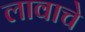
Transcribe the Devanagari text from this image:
लावाचे